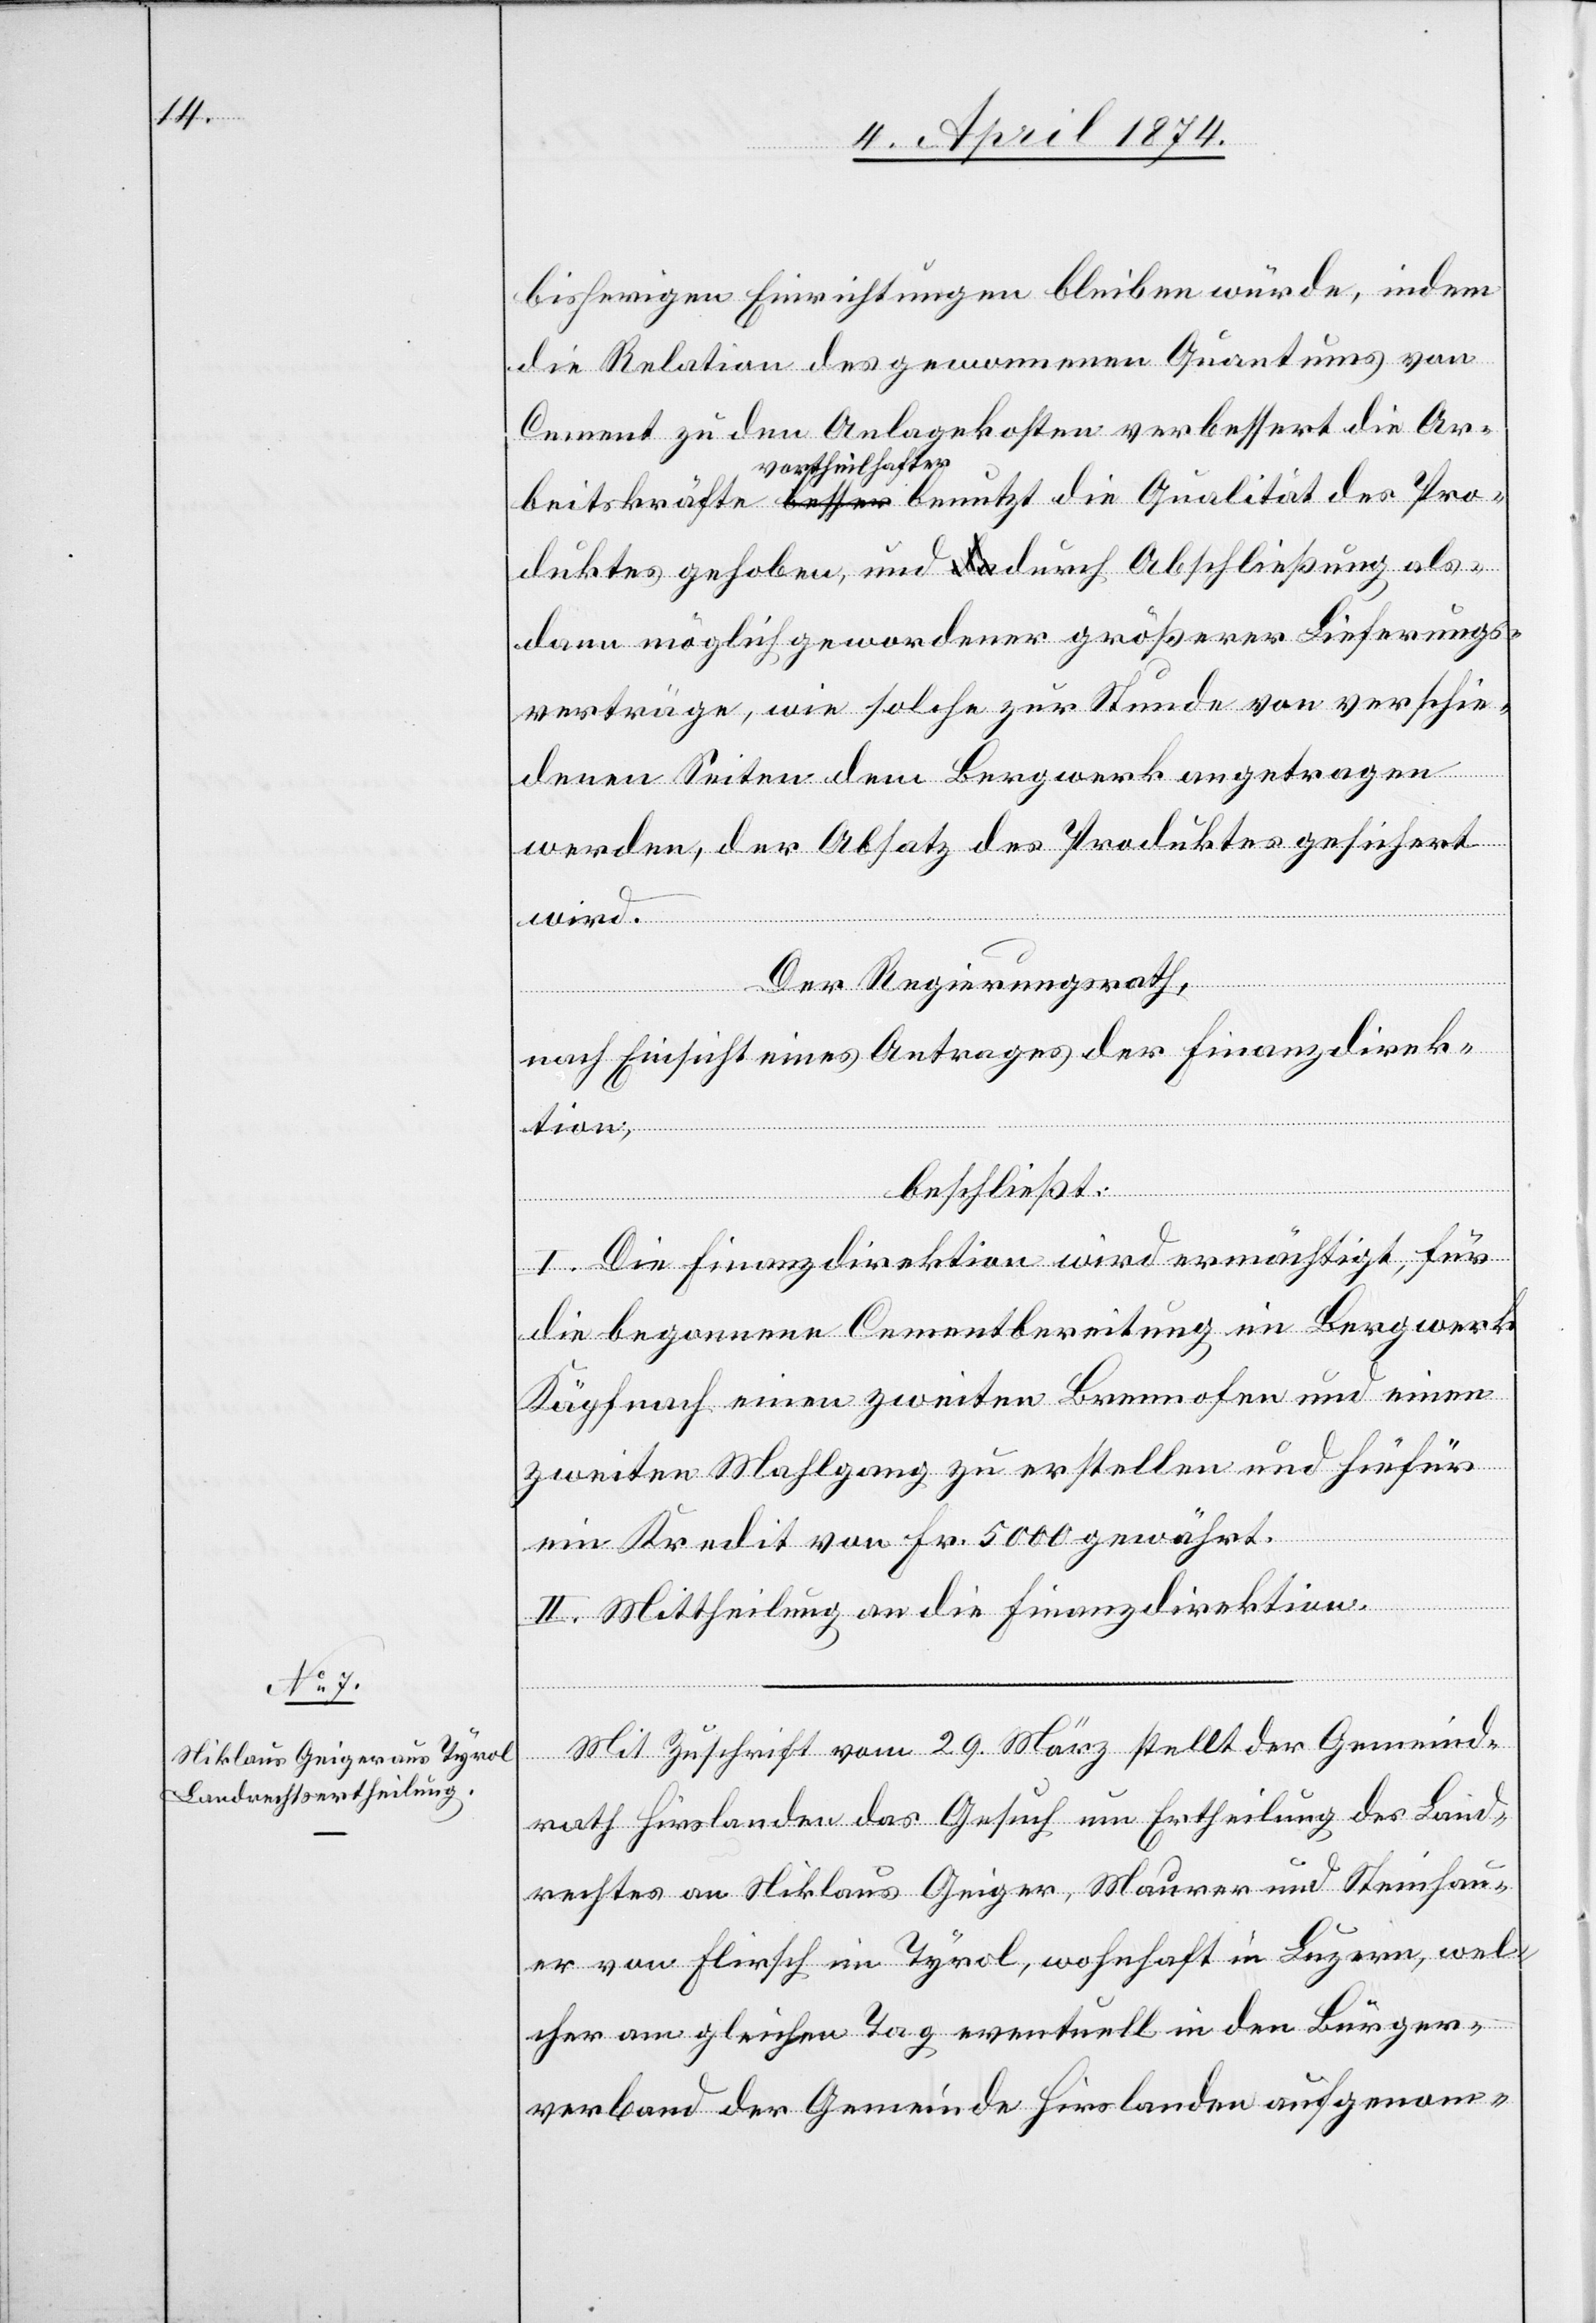
bisherigen Einrichtungen bleiben würde, indem
die Relation des genommenen Qantums von
Cement zu den Anlagekosten verbessert[,] die Ar¬
beitskräfte vortheilhafter benutzt[,] die Qualität des Pro¬
duktes gehoben, und durch Abschließung als¬
dann möglich gewordener größerer Lieferungs¬
verträge, wie solche zur Stunde von verschie¬
denen Seiten dem Bergwerk angetragen
werden, der Absatz des Produktes gesichert
wird.
Der Regierungsrath,
nach Einsicht eines Antrages der Finanzdirek¬
tion,
beschließt:
I. Die Finanzdirektion wird ermächtigt, für
die begonnene Cementbereitung im Bergwerk
Käpfnach einen zweiten Brennofen und einen
zweiten Mahlgang zu erstellen und hiefür
ein Kredit von Fr. 5000 gewährt.
II. Mittheilung an die Finanzdirektion.
Mit Zuschrift vom 29. März stellt der Gemeind¬
rath Hirslanden das Gesuch um Ertheilung des Land¬
rechtes an Niklaus Geiger, Maurer und Steinhau¬
er von Flirsch im Tyrol, wohnhaft in Luzern, wel¬
cher am gleichen Tag eventuell in den Bürger¬
verband der Gemeinde Hirslanden aufgenom-